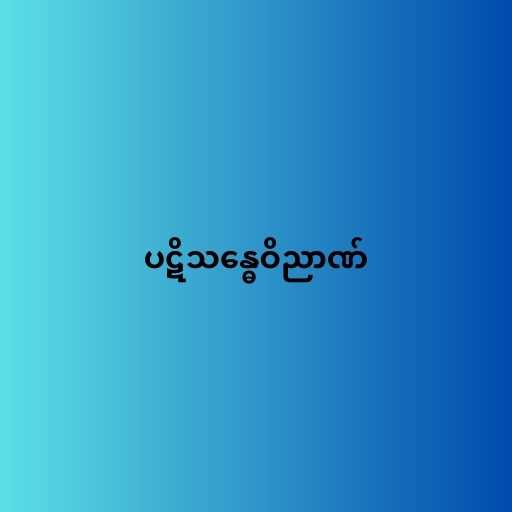
ပဋိသန္ဓေဝိညာဏ်